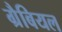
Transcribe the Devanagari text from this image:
ग्रैबियल